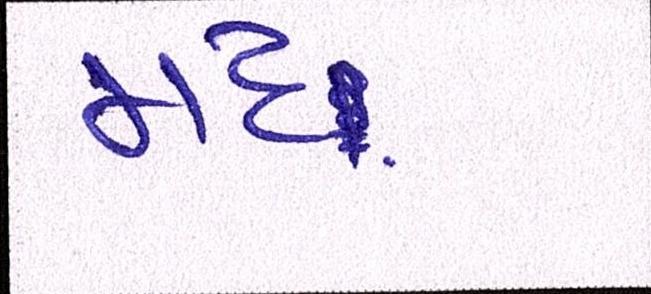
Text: મદ